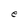
Character: e